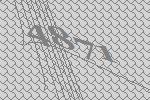
4871